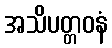
အသိပတ္တဝနံ